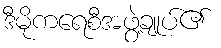
ဒီမိုကရေစီအဖွဲ့ချုပ်၏